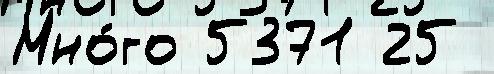
Мно́го 5371 25